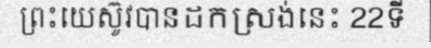
ព្រះយេស៊ូវបានដកស្រង់នេះ 22ទី